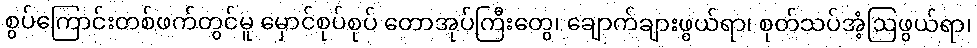
စွပ်ကြောင်းတစ်ဖက်တွင်မူ မှောင်စုပ်စုပ် တောအုပ်ကြီးတွေ၊ ချောက်ချားဖွယ်ရာ၊ စုတ်သပ်အံ့ဩဖွယ်ရာ၊